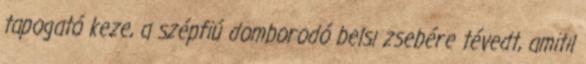
tapogató keze, a szépfiú domborodó belsı zsebére tévedt, amitıl